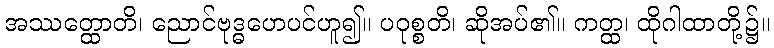
အဿတ္ထောတိ၊ ညောင်ဗုဒ္ဓဟေပင်ဟူ၍။ ပဝုစ္စတိ၊ ဆိုအပ်၏။ ကတ္ထ၊ ထိုဂါထာတို့၌။